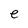
Character: e